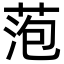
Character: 萢